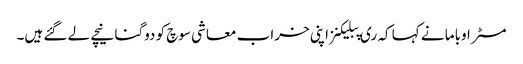
مسٹر اوباما نے کہا کہ ری پبلیکنز اپنی خراب معاشی سوچ کو دوگنا نیچے لے گئے ہیں۔